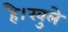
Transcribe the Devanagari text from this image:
है।खुले